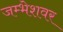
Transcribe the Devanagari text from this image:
जम्भेशवर